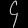
Digit: ၄